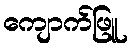
ကျောက်ဖြူ